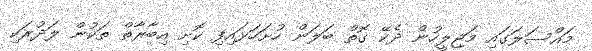
މައްސަލަގައި މަޖިލީހުން ދެކޭ ގޮތް ބަލަން ހުށަހަޅައިފި ކޮށި އިބާރާތް ތަކުން ލަދުރަކި